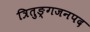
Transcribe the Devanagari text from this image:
त्रितुङ्गजनपद